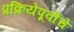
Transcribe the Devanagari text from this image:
प्रक्रियेपूर्वीचे